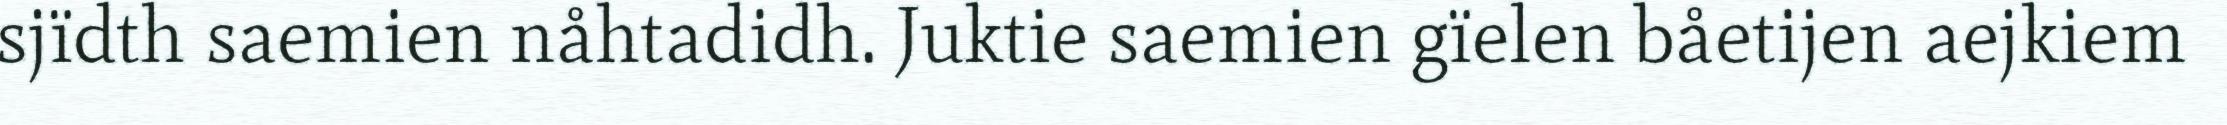
sjïdth saemien nåhtadidh. Juktie saemien gïelen båetijen aejkiem